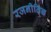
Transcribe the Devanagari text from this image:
रजनीतिज्ञ